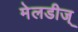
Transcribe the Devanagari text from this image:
मेलडीज्